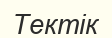
Тектік